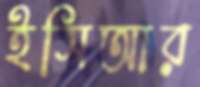
ইসিআর